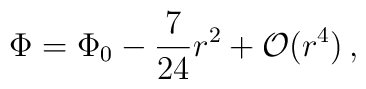
\Phi = \Phi_0 -\frac{7}{24}r^2 + {\cal O}(r^4)\,,